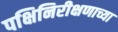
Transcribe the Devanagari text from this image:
पक्षिनिरीक्षणाच्या